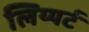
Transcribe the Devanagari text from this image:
लिय्यर्ट